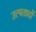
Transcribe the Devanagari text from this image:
उत्पतादों